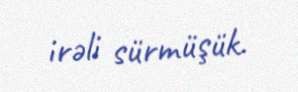
irəli sürmüşük.